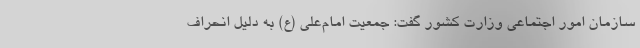
سازمان امور اجتماعی وزارت کشور گفت: جمعیت امام‌علی (ع) به دلیل انحراف